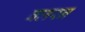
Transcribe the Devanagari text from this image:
बलरन